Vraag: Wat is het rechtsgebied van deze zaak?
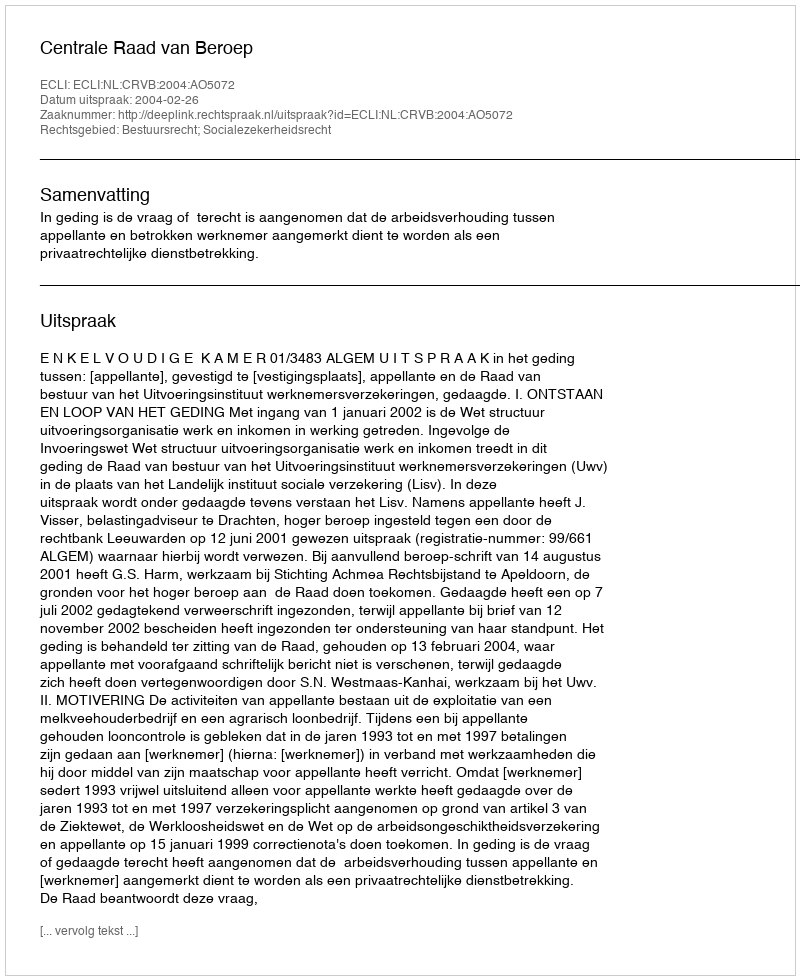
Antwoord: Bestuursrecht; Socialezekerheidsrecht